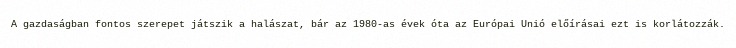
A gazdaságban fontos szerepet játszik a halászat, bár az 1980-as évek óta az Európai Unió előírásai ezt is korlátozzák.